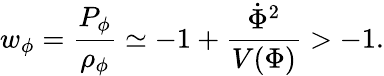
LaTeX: w_{\phi}=\frac{P_{\phi}}{\rho_{\phi}}\simeq-1+\frac{\dot{\Phi}^{2}}{V(\Phi)}>-1.